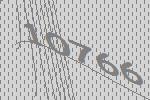
10766